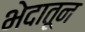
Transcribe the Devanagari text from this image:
भेदातून